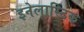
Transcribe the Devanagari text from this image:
इनेलास्टिक